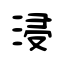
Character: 浸